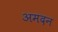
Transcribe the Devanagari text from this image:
अमदन